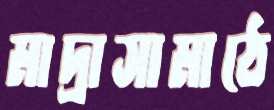
মাদ্রাসামাঠে